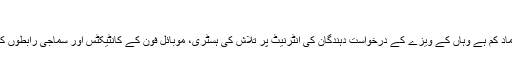
‘
انہوں نے بتایا کہ ایسے ممالک جن کے قانون نافذ کرنے والے اداروں پر امریکہ کو اعتماد کم ہے وہاں کے ویزے کے درخواست دہندگان کی انٹرنیٹ پر تلاش کی ہسٹری، موبائل فون کے کانٹیکٹس اور سماجی رابطوں کی سائٹس پر موجود پروفائلز کا امریکہ خود جائزہ لینے کے بارے میں غور کر رہا ہے۔